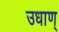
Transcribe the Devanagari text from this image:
उधाण्